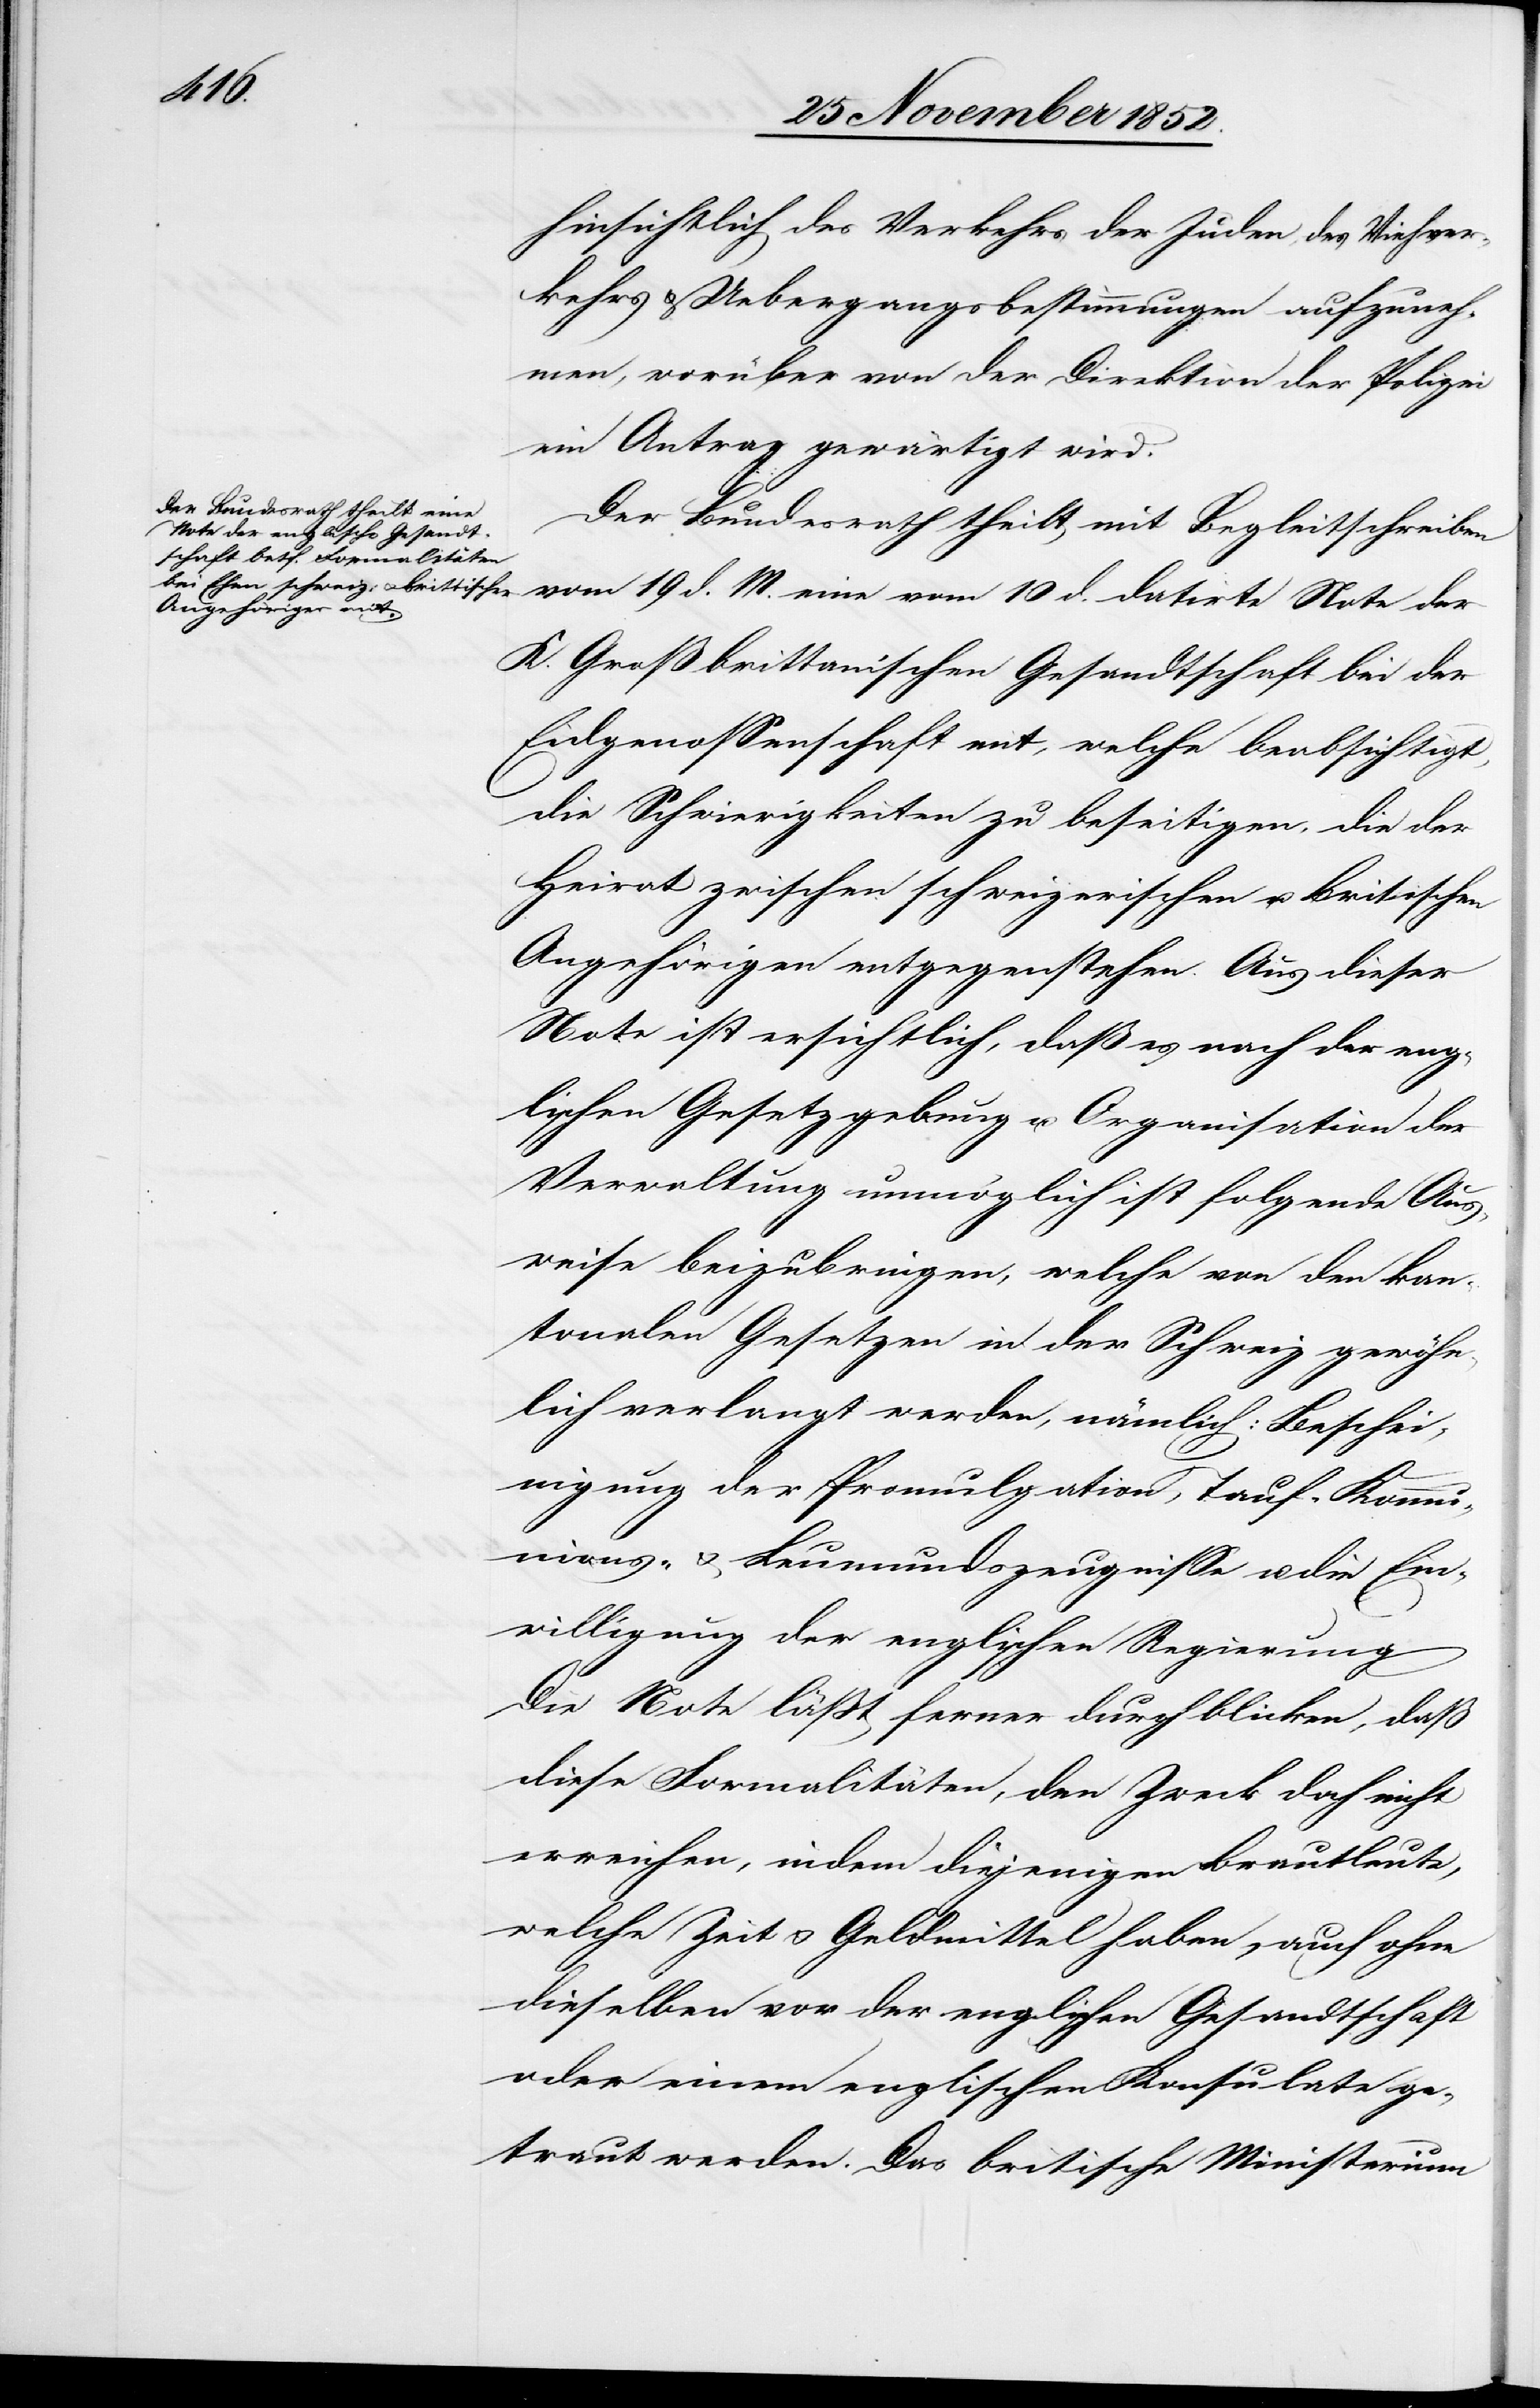
Note
hinsichtlich des Verkehrs der Juden, des Viehver¬
kehrs & Uebergangsbestimmungen aufzuneh¬
men, worüber von der Direktion der Polizei
ein Antrag gewärtigt wird.
Der Bundesrath theilt mit Begleitschreiben
K. Großbrittanischen Gesandtschaft bei der
Eidgenossenschaft mit, welche beabsichtigt,
die Schwierigkeiten zu beseitigen, die der
Heirat zwischen schweizerischen u. britischen
Angehörigen entgegenstehen. Aus dieser
Note ist ersichtlich, daß es nach der eng¬
lischen Gesetzgebung u. Organisation der
Verwaltung unmöglich ist folgende Aus¬
weise beizubringen, welche von den kan¬
tonalen Gesetzen in der Schweiz gewöhn¬
lich verlangt werden, nämlich: Beschei¬
nigung der Promulgation, Tauf-[,] Komm¬
unions- & Leumundszeugnisse u. die Ein¬
willigung der englischen Regierung
Die Note läßt ferner durchblicken, daß
diese Formalitäten, den Zweck doch nicht
erreichen, indem diejenigen Brautleute,
welche Zeit & Geldmittel haben, auch ohne
dieselben vor der englischen Gesandtschaft
oder einem englischen Konsulate ge¬
traut werden. Das britische Ministerium